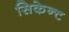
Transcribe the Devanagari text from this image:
सिकेन्ट